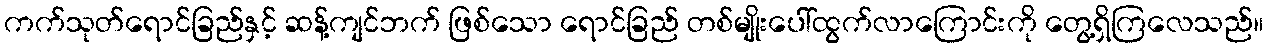
ကက်သုတ်ရောင်ခြည်နှင့် ဆန့်ကျင်ဘက် ဖြစ်သော ရောင်ခြည် တစ်မျိုးပေါ်ထွက်လာကြောင်းကို တွေ့ရှိကြလေသည်။